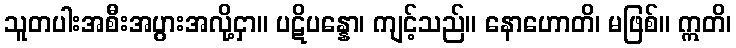
သူတပါးအစီးအပွားအလို့ငှာ။ ပဋိပန္နော၊ ကျင့်သည်။ နောဟောတိ၊ မဖြစ်။ ဣတိ၊